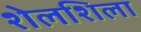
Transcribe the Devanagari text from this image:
शेलशिला